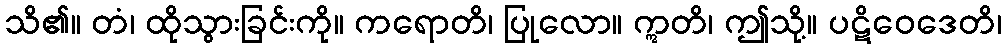
သိ၏။ တံ၊ ထိုသွားခြင်းကို။ ကရောတိ၊ ပြုလော။ ဣတိ၊ ဤသို့။ ပဋိဝေဒေတိ၊